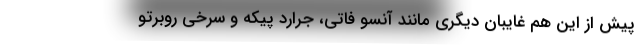
پیش از این هم غایبان دیگری مانند آنسو فاتی، جرارد پیکه و سرخی روبرتو